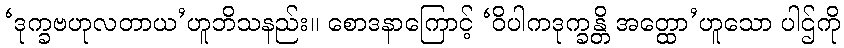
‘ဒုက္ခဗဟုလတာယ’ဟူဘိသနည်း။ စောဒနာကြောင့် ‘ဝိပါကဒုက္ခန္တိ အတ္ထော’ဟူသော ပါဌ်ကို